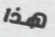
هذا